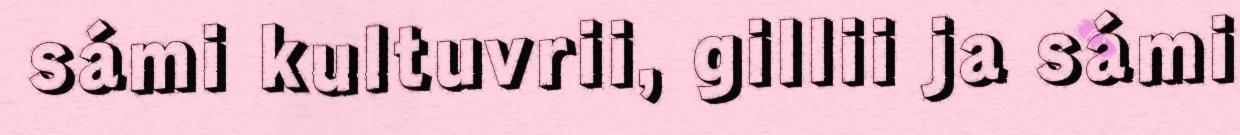
sámi kultuvrii, gillii ja sámi